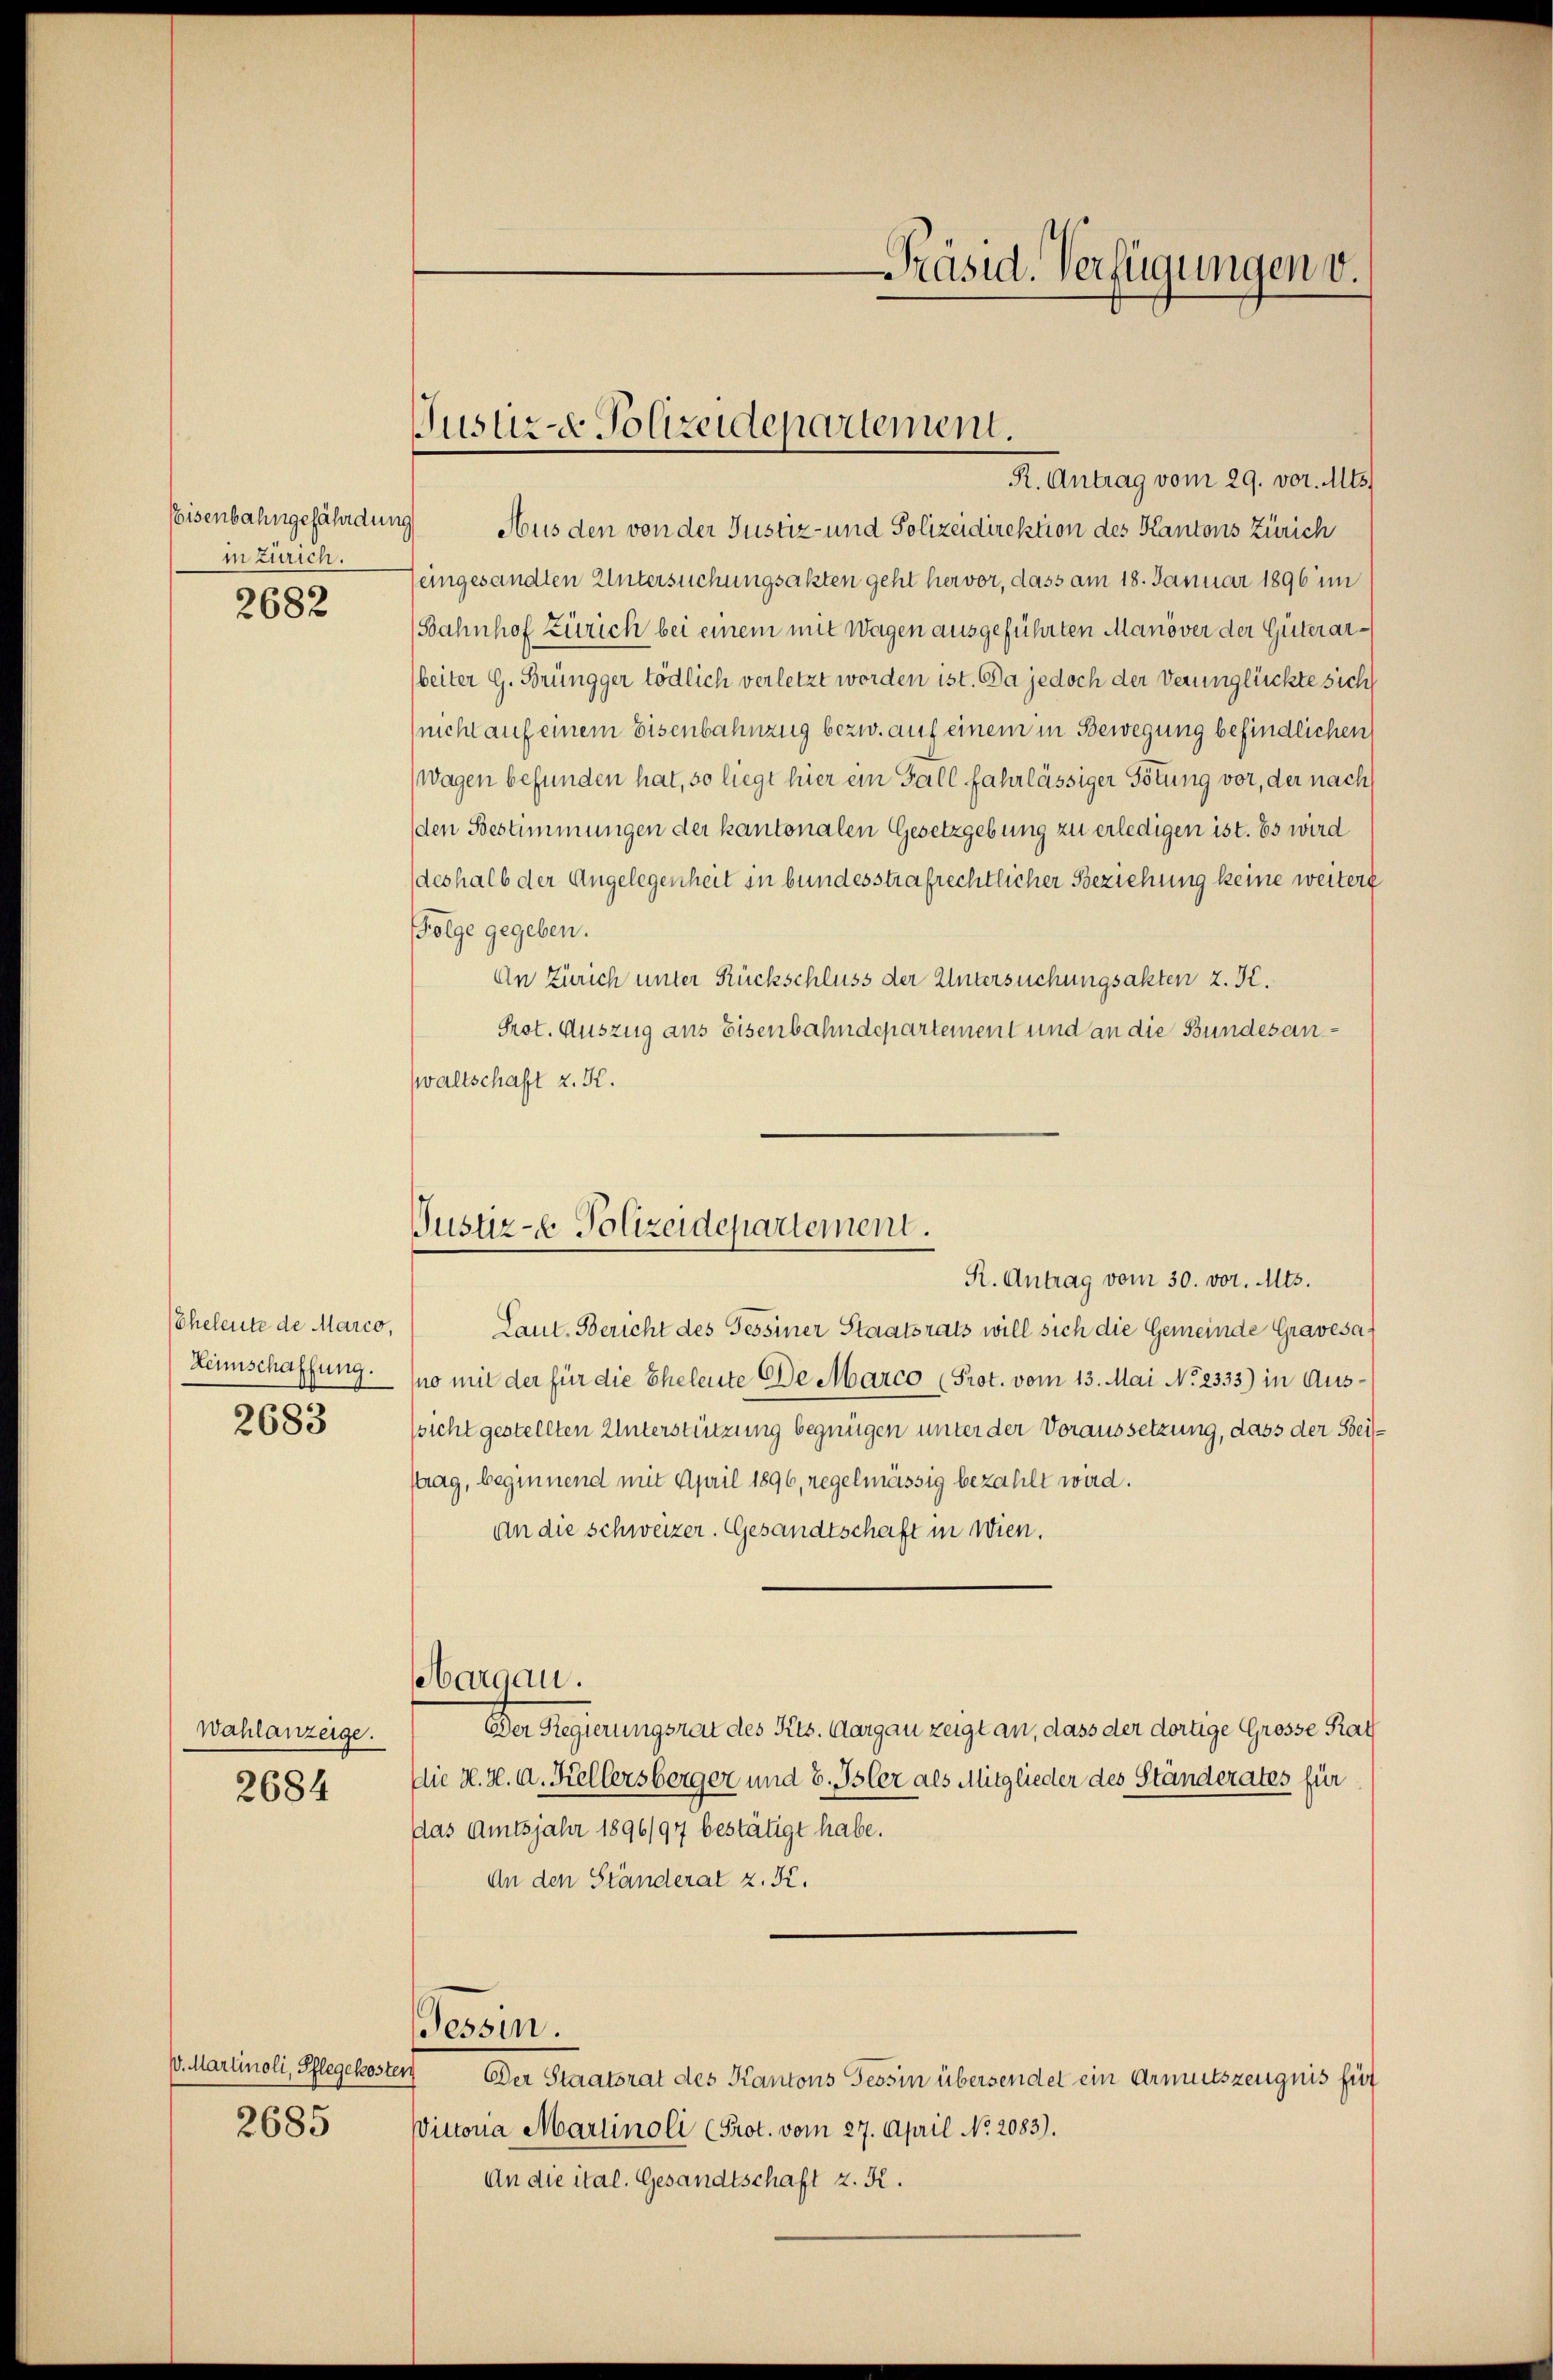
in Zürich.

2682

Eheleute de Marco,
Heimschaffung.
2683

Wahlanzeige.
2684

V. Martinoli, Pflegekos
2685

R. Antrag vom 29. vor. Mts.
Eisenbahngefährdung Aus den von der Justiz- und Polizeidirektion des Kantons Zürich
eingesandten Untersuchungsakten geht hervor, dass am 18. Januar 1896 im
Bahnhof Zürich bei einem mit Wagen ausgeführten Manöver der Güterarbeiter G. Brüngger tödlich verletzt worden ist. Da jedoch der Verunglückte sich
(nicht auf einem Eisenbahnzug bezw. auf einem in Bewegung befindlichen
(Wagen befunden hat, so liegt hier ein Fall fahrlässiger Tötung vor, der nach
den Bestimmungen der kantonalen Gesetzgebung zu erledigen ist. Es wird
deshalb der Angelegenheit in bundesstrafrechtlicher Beziehung keine weitere
Folge gegeben.
An Zürich unter Rückschluss der Untersuchungsakten z. K.
Prot. Auszug aus Eisenbahndepartement und an die Bundesanwaltschaft z. K.

Justiz- & Polizeidepartement.

Justiz- & Polizeidepartement.
R. Antrag vom 30. vor. Mts.

bargau.

Präsid. Verfügungen v.

Laut. Bericht des Tessiner Staatsrats will sich die Gemeinde Gravesamo mit der für die Eheleute de Marco (Prot. vom 13. Mai No 2333) in Ausssicht gestellten Unterstützung begnügen unter der Voraussetzung, dass der Beistrag, beginnend mit April 1896, regelmässig bezahlt wird.
An die Schweizer. Gesandtschaft in Wien.
Der Regierungsrat des Kts. Aargau zeigt an, dass der dortige Grosse Rat
die H.H. d. Kellersberger und 8. Isler als Mitglieder des Ständerates für
das Amtsjahr 1896/97 bestätigt habe.
An den Ständerat z. K.
Tessin.
Der Staatsrat des Kantons Tessin übersendet ein Armutszeugnis für
Victoria Martinoli (Prot. vom 27. April No 2083).
An die ital. Gesandtschaft z. K.